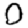
Digit: 0